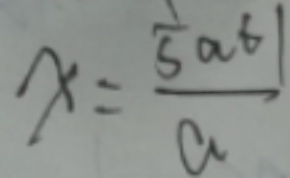
x = \frac { \frac { 1 } { 5 } a b } { a }